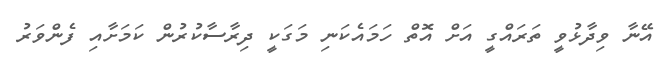
އޭނާ ވިދާޅުވީ ތަރައްގީ އަށް އޮތް ހަމައެކަނި މަގަކީ ދިރާސާކުރުން ކަމަށާއި ފެންވަރު